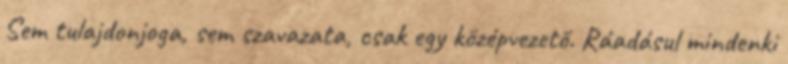
Sem tulajdonjoga, sem szavazata, csak egy középvezető. Ráadásul mindenki